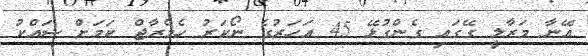
އޭނާ މަރާލީ ގޭގައި ގެންގުޅޭ 45 އަަހަރުގެ ނޯކަރު ހެމްރާޖް ކަމަށް ޝައްކު